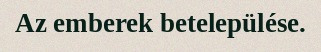
Az emberek betelepülése.